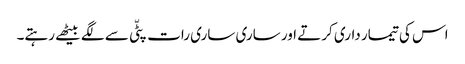
اس کی تیمار داری کرتے اور ساری ساری رات پٹّی سے لگے بیٹھے رہتے۔